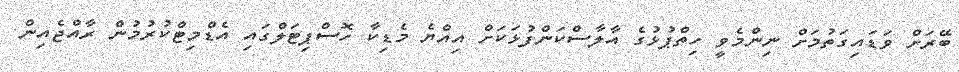
ބޭރަށް ވަޑައިގަތުމަށް ނިންމެވީ ހިތްޕުޅުގެ އާލާސްކަންފުޅަކަށް އިއްޔެ މެޑިކާ ހޮސްޕިޓަލްގައި އެޑްމިޓްކުރުމުން ރާއްޖެއިން